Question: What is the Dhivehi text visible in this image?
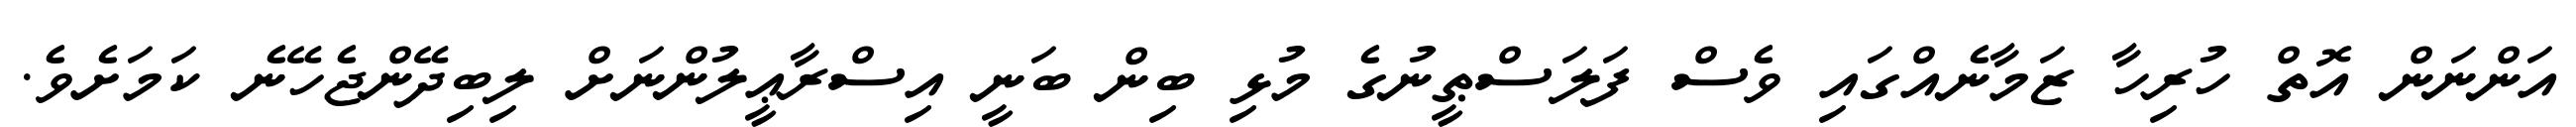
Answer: އަންނަން އޮތް ހުރިހާ ޒަމާނެއްގައި ވެސް ފަލަސްޠީނުގެ މުޅި ބިން ބަނީ އިސްރާޢީލުންނަށް ލިބިދޭންޖެހޭނެ ކަމަށެވެ.